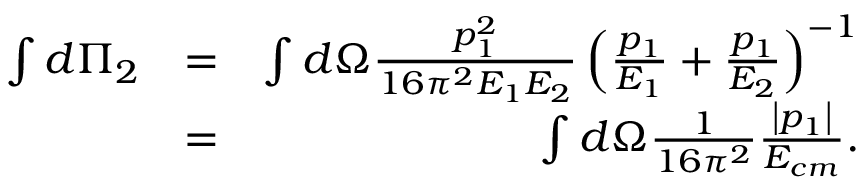
\begin{array} { r l r } { \int d \Pi _ { 2 } } & { = } & { \int d \Omega \frac { p _ { 1 } ^ { 2 } } { 1 6 \pi ^ { 2 } E _ { 1 } E _ { 2 } } \left( \frac { p _ { 1 } } { E _ { 1 } } + \frac { p _ { 1 } } { E _ { 2 } } \right) ^ { - 1 } } \\ & { = } & { \int d \Omega \frac { 1 } { 1 6 \pi ^ { 2 } } \frac { \left\vert p _ { 1 } \right\vert } { E _ { c m } } . } \end{array}